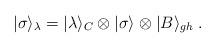
LaTeX: \begin{align*}|\sigma\rangle_{\lambda}=|\lambda\rangle_C\otimes|\sigma\rangle_{}\otimes|B\rangle_{gh}\;.\end{align*}